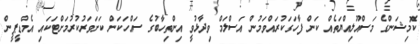
ކޮމިޝަންގެ މަސްއޫލިއްޔަތެއް ކަން ފާހަގަކުރައްވަމުން އަސްލަމް ވިދާޅުވީ އިންތިހާބުގެ ސައްހަކަން ކަށަވަރުކުރުމަށްޓަކައި އެމްޑީޕީން